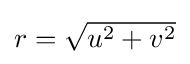
{\textstyle r={\sqrt {u^{2}+v^{2}}}}